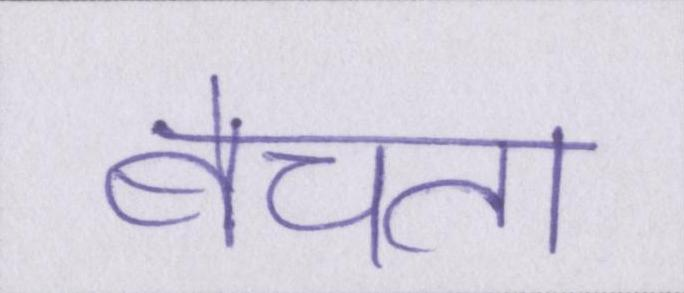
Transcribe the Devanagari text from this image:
बेचता